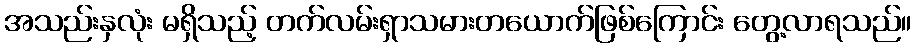
အသည်းနှလုံး မရှိသည့် တက်လမ်းရှာသမားတယောက်ဖြစ်ကြောင်း တွေ့လာရသည်။